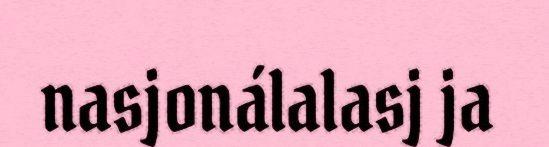
nasjonálalasj ja